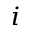
^ { i }